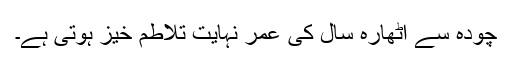
چودہ سے اٹھارہ سال کی عمر نہایت تلاطم خیز ہوتی ہے۔